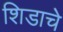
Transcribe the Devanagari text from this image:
शिडाचे